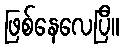
ဖြစ်နေလေပြီ။